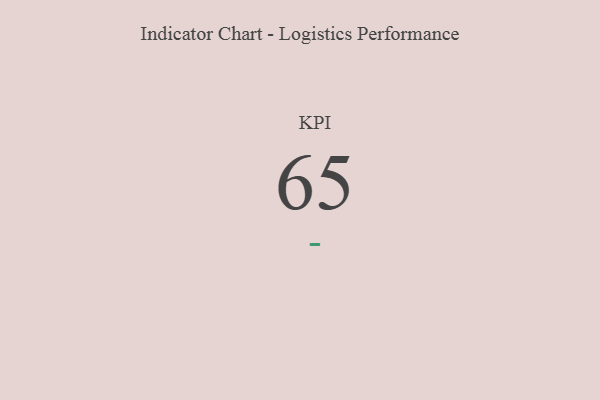
{"axis": {"x": "KPI", "y": "Value"}, "legend": [""], "data": [{"x": "KPI", "y": 65, "type": ""}]}